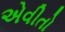
એવીતો